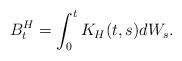
LaTeX: \begin{align*}B_{t}^{H}=\int_{0}^{t}K_{H}(t,s)dW_{s}. \end{align*}